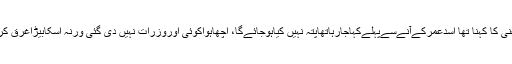
سعیدغنی کا کہنا تھا اسدعمرکےآنےسےپہلےکہاجارہاتھاپتہ نہیں کیاہوجائےگا، اچھاہواکوئی اوروزرات نہیں دی گئی ورنہ اسکابیڑاغرق کردیتے۔